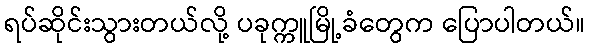
ရပ်ဆိုင်းသွားတယ်လို့ ပခုက္ကူမြို့ခံတွေက ပြောပါတယ်။